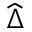
\widehat { \Delta }